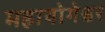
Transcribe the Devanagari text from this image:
महायोगेश्वर